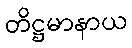
တိဋ္ဌမာနာယ